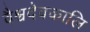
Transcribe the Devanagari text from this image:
वैश्वदेवकालि